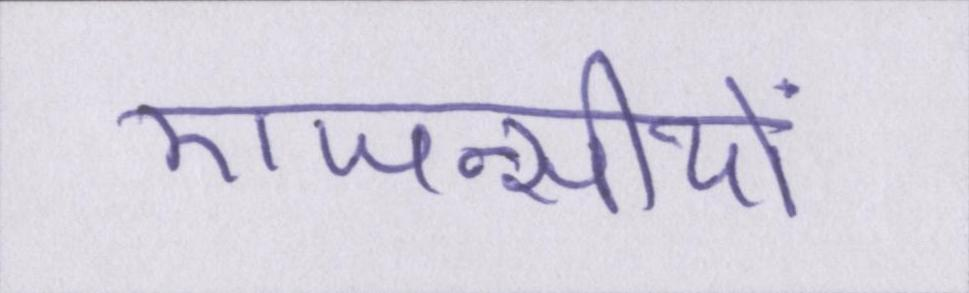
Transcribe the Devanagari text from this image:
एजन्सीयों